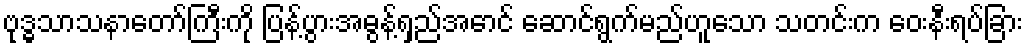
ဗုဒ္ဓသာသနာတော်ကြီးကို ပြန့်ပွားအဓွန့်ရှည်အောင် ဆောင်ရွက်မည်ဟူသော သတင်းက ဝေးနီးရပ်ခြား